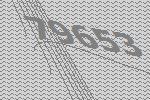
79653